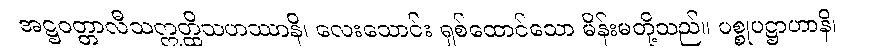
အဋ္ဌဝတ္တာလီသဣတ္ထိသဟဿာနိ၊ လေးသောင်း ရှစ်ထောင်သော မိန်းမတို့သည်။ ပစ္စုပဋ္ဌာဟာနိ၊